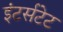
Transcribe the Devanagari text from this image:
इंटर्सटेट